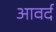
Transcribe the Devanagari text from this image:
आवर्द